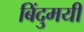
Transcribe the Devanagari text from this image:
बिंदुमयी